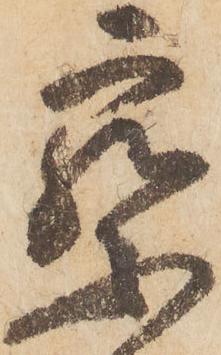
察